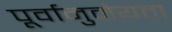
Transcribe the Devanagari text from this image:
पूर्वानुमेयता